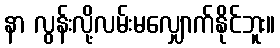
နာ လွန်းလို့လမ်းမလျှောက်နိုင်ဘူး။